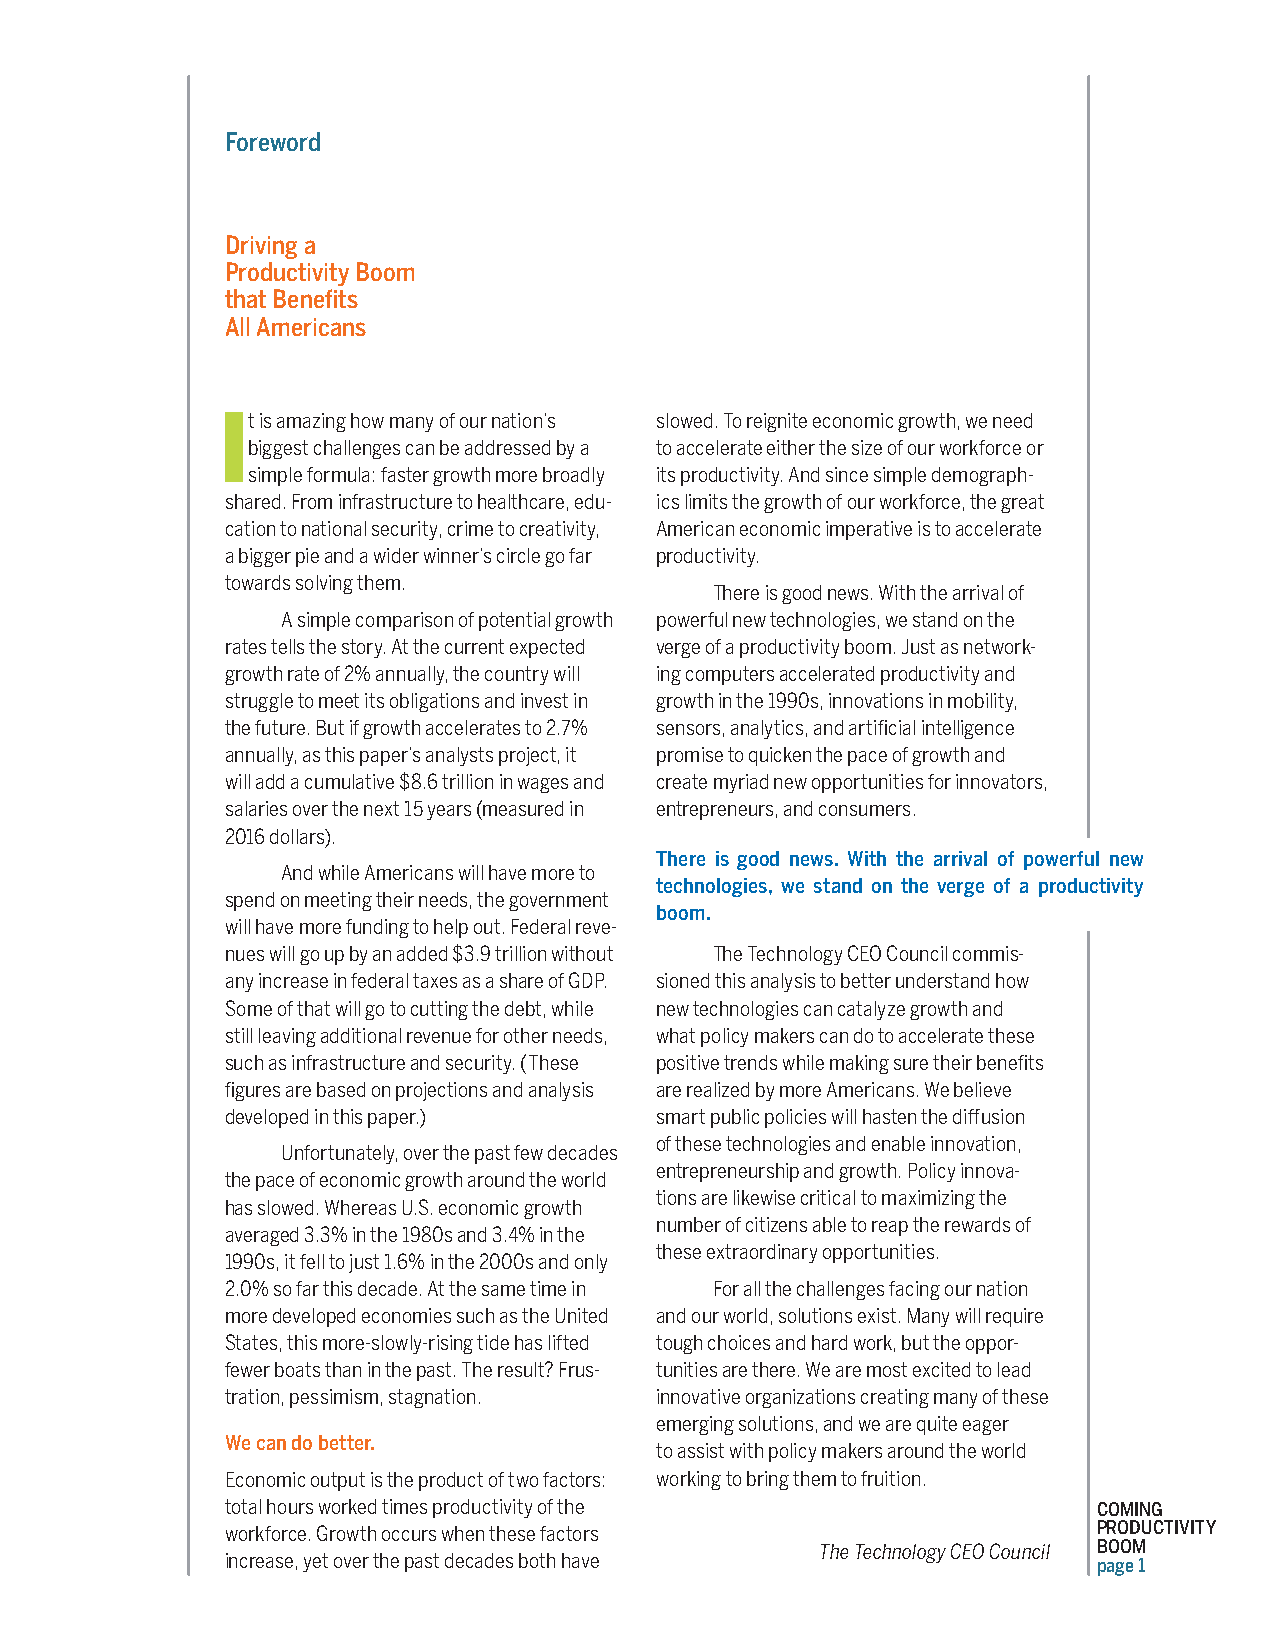
Foreword
 Driving a
 Productivity Boom
 that Benefits
 All Americans
 It is amazing how many of our nation’s slowed. To reignite economic growth, we need
 biggest challenges can be addressed by a to accelerate either the size of our workforce or
 simple formula: faster growth more broadly its productivity. And since simple demograph-
 shared. From infrastructure to healthcare, edu- ics limits the growth of our workforce, the great
 cation to national security, crime to creativity, American economic imperative is to accelerate
 a bigger pie and a wider winner’s circle go far productivity.
 towards solving them.
 There is good news. With the arrival of
 A simple comparison of potential growth powerful new technologies, we stand on the
 rates tells the story. At the current expected verge of a productivity boom. Just as network-
 growth rate of 2% annually, the country will ing computers accelerated productivity and
 struggle to meet its obligations and invest in growth in the 1990s, innovations in mobility,
 the future. But if growth accelerates to 2.7% sensors, analytics, and artificial intelligence
 annually, as this paper’s analysts project, it promise to quicken the pace of growth and
 will add a cumulative $8.6 trillion in wages and create myriad new opportunities for innovators,
 salaries over the next 15 years (measured in entrepreneurs, and consumers.
 2016 dollars).
 There is good news. With the arrival of powerful new
 And while Americans will have more to
 technologies, we stand on the verge of a productivity
 spend on meeting their needs, the government
 boom.
 will have more funding to help out. Federal reve-
 nues will go up by an added $3.9 trillion without The Technology CEO Council commis-
 any increase in federal taxes as a share of GDP. sioned this analysis to better understand how
 Some of that will go to cutting the debt, while new technologies can catalyze growth and
 still leaving additional revenue for other needs, what policy makers can do to accelerate these
 such as infrastructure and security. (These positive trends while making sure their benefits
 figures are based on projections and analysis are realized by more Americans. We believe
 developed in this paper.)   smart public policies will hasten the diffusion
 of these technologies and enable innovation,
 Unfortunately, over the past few decades
 entrepreneurship and growth. Policy innova-
 the pace of economic growth around the world
 tions are likewise critical to maximizing the
 has slowed. Whereas U.S. economic growth
 number of citizens able to reap the rewards of
 averaged 3.3% in the 1980s and 3.4% in the
 these extraordinary opportunities.
 1990s, it fell to just 1.6% in the 2000s and only
 2.0% so far this decade. At the same time in For all the challenges facing our nation
 more developed economies such as the United and our world, solutions exist. Many will require
 States, this more-slowly-rising tide has lifted tough choices and hard work, but the oppor-
 fewer boats than in the past. The result? Frus- tunities are there. We are most excited to lead
 tration, pessimism, stagnation. innovative organizations creating many of these
 emerging solutions, and we are quite eager
 We can do better.
 to assist with policy makers around the world
 Economic output is the product of two factors: working to bring them to fruition.
 total hours worked times productivity of the              COMING
 workforce. Growth occurs when these factors               PRODUCTIVITY
 The Technology CEO Council BOOM
 increase, yet over the past decades both have             page 1